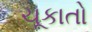
ચૂકાતો